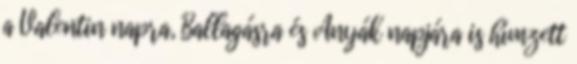
a Valentin napra, Ballagásra és Anyák napjára is hímzett